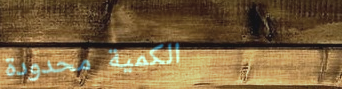
الكمية محدودة